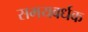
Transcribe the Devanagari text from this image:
समयवर्धक